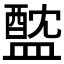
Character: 𥂘